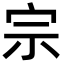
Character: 宗